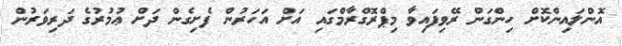
އޮންލައިންކޮށް ހިންގަން ރޭވިފައިވާ މިޕްރޮގްރާމްގައި އަށް އަހަރުން ފެށިގެން ދަށް ޢުމުރުގެ ދަރިވަރުން